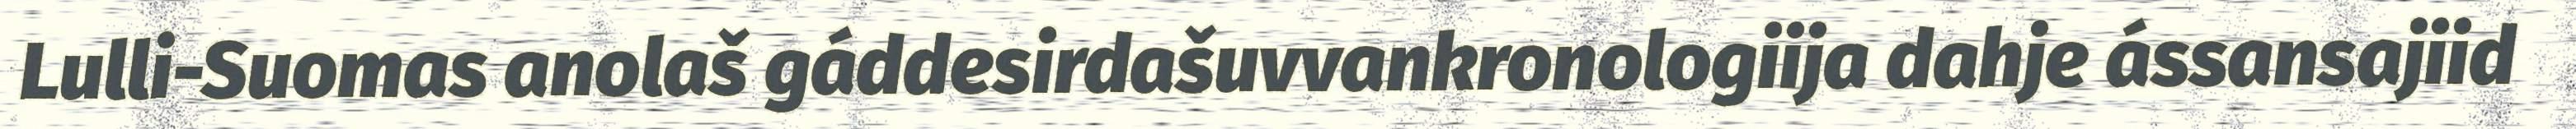
Lulli-Suomas anolaš gáddesirdašuvvankronologiija dahje ássansajiid